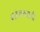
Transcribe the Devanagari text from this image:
वारंवारताही